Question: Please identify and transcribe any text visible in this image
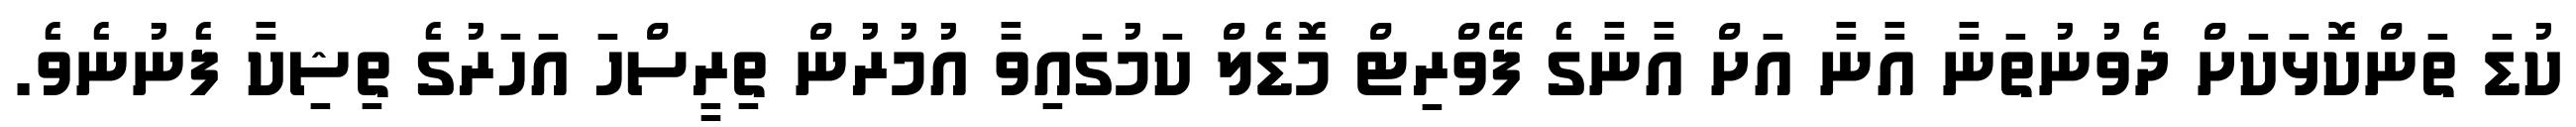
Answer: ކުޑަ ތަންކޮޅަކަށް ދެވުނުތަނާ އާނާ އަށް އާނާގެ ފޭވްރިޓް މޮޑެލް ކަމުގައިވާ އުމުރުން ތިރީސްހަ އަހަރުގެ ތިޝިކާ ފެނުނެވެ.